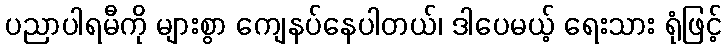
ပညာပါရမီကို များစွာ ကျေနပ်နေပါတယ်၊ ဒါပေမယ့် ရေးသား ရုံဖြင့်